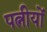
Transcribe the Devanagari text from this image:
पत्नीयों